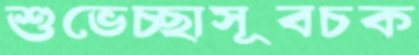
শুভেচ্ছাসূবচক